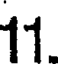
11